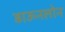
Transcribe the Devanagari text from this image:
डाऊनलोन